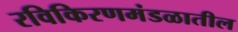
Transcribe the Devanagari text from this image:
रविकिरणमंडळातील